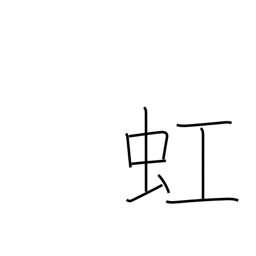
Meaning: rainbow